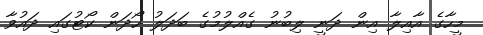
މީހާގެ އާއިލާ އިން ދަނީ ލިބުނު ގެއްލުމުގެ ބަދަލު ހޯދަން ކޯޓުގައި ދައުވާ